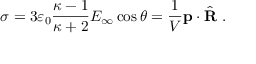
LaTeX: \sigma = 3 \varepsilon _ { 0 } { \frac { \kappa - 1 } { \kappa + 2 } } E _ { \infty } \cos \theta = { \frac { 1 } { V } } \mathbf { p } \cdot { \hat { \mathbf { R } } } \ .